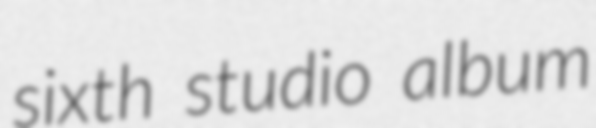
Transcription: sixth studio album